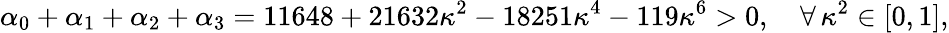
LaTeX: \alpha_{0}+\alpha_{1}+\alpha_{2}+\alpha_{3}=11648+21632\kappa^{2}-18251\kappa^{4}-119\kappa^{6}>0,\quad\forall\, \kappa^{2}\in[0,1],